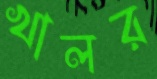
খালর